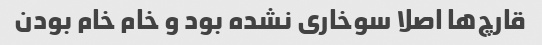
قارچ‌ها اصلا سوخاری نشده بود و خام خام بودن